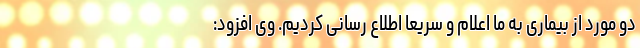
دو مورد از بیماری به ما اعلام و سریعا اطلاع رسانی کردیم. وی افزود: